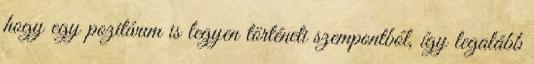
hogy egy pozitívum is legyen történeti szempontból, így legalább